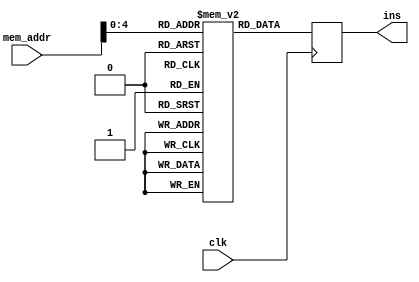
module instruction_fetch(input wire [15:0] mem_addr, output reg[31:0] ins, input clk );
reg [31:0]ins_address[31:0];


initial begin
  ins_address[0] = {6'b000000,5'b00001,5'b00010,5'b00000,5'b00000,6'b000000};  //add alu_op=0
  ins_address[1] = {6'b000000,5'b00001,5'b00010,5'b00000,5'b00000,6'b000001}; //addu alu_op=0
  ins_address[2] = {6'b000000,5'b00001,5'b00010,5'b00000,5'b00000,6'b000010};  //sub alu_op=1
  ins_address[3] = {6'b000000,5'b00001,5'b00010,5'b00000,5'b00000,6'b000011}; //subu alu_op=1
  ins_address[4] = {6'b000001,5'b00001,5'b00000,16'd1000}; //addi alu_op=2
  ins_address[5] = {6'b000010,5'b00001,5'b00000,16'd1000}; //addiu alu_op=2
  ins_address[6] = {6'b000011,5'b00001,5'b00010,5'b00000,5'b00000,6'b000011}; //and alu_op=3
  ins_address[7] = {6'b000011,5'b00001,5'b00010,5'b00000,5'b00000,6'b000100}; //or alu_op=4
  ins_address[8] = {6'b000100,5'b00001,5'b00000,16'd1000};//andi alu_op=5
  ins_address[9] = {6'b000101,5'b00001,5'b00000,16'd1000};//ori alu_op=6
  ins_address[10] = {6'b000110,5'b00001,5'b00010,5'b00000,5'd10,6'b000101};  //sll alu_op=7
  ins_address[11] = {6'b000111,5'b00001,5'b00000,5'b00000,5'd10,6'b000110};  //srl alu_op=8
  ins_address[12] = {6'b001000,5'b00001,5'b00000,16'd10};  //lw alu_op=9
  ins_address[13] = {6'b001001,5'b00001,5'b00000,16'd10}; //sw alu_op=10
  ins_address[14] = {6'b001010,5'b00001,5'b00000,16'd10};  //beq alu_op=11
  ins_address[15] = {6'b001011,5'b00001,5'b00000,16'd10}; //bne alu_op=12
  ins_address[16] = {6'b001100,5'b00001,5'b00000,16'd10}; //bgt alu_op=13
  ins_address[17] = {6'b001101,5'b00001,5'b00000,16'd10}; //bgte alu_op=14
  ins_address[18] = {6'b001110,5'b00001,5'b00000,16'd10}; //ble alu_op=15
  ins_address[19] = {6'b001111,5'b00001,5'b00000,16'd10}; //bleq alu_op=16
  ins_address[20] = {6'b010000,26'd10}; //j alu_op=17
  ins_address[21] = {6'b010001,5'b00000,5'b00000,5'b00000,5'b00000,6'b000111};//jr alu_op=18
  ins_address[22] = {6'b010010,5'b00000,5'b00000,5'b00000,5'b00000,6'b001000};//jal alu_op=19
  ins_address[23] = {6'b010011,5'b00001,5'b00010,5'b00000,5'b00000,6'b001001};//slt alu_op=20
  ins_address[24] = {6'b010100,5'b00001,5'b00000,16'd100};//slti alu_op=21
  ins_address[25] = {6'b010101,5'b00001,5'b00000,16'd10};//bneb alu_op=22 //branch not equal backwards
  
end
always@(posedge clk)begin
    ins = ins_address[mem_addr];
end

endmodule